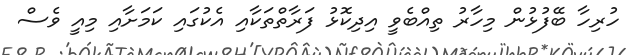
ހުރިހާ ބޭފުޅުން މިހާރު ތިއްބެވީ އިދިކޮޅު ފަރާތްތަކާއި އެކުގައި ކަމަށާއި މިއީ ވެސް